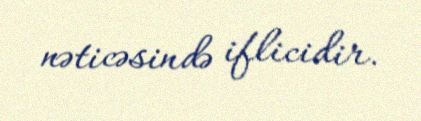
nəticəsində iflicidir.